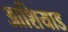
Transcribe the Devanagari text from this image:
आशियाड